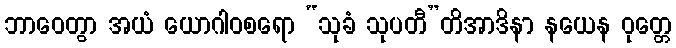
ဘာဝေတွာ အယံ ယောဂါဝစရော “သုခံ သုပတီ”တိအာဒိနာ နယေန ဝုတ္တေ